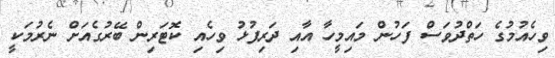
ވިހެއުމުގެ ހަތްދުވަސް ފަހުން މައިމީހާ އާއި ދަރިފުޅު ވިހެއި ކޮޓަރިން ބޭރުގެއަށް ނެރުމަކީ